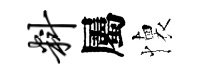
料屬懐